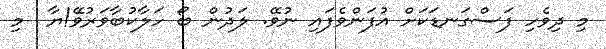
މި ދިވެހި ފަސްގަނޑަކަށް އުފަންވެފައި ނުވޭ. ލަދުން ބޯ ހަލާކުބާވަރުވޭ!ޔާ  މި